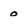
Character: o